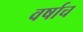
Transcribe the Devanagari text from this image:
वर्षाच